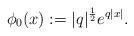
LaTeX: \begin{align*}\phi_0(x):=|q|^{\frac12} e^{q|x|}.\end{align*}